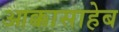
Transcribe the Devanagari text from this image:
आक्कासाहेब